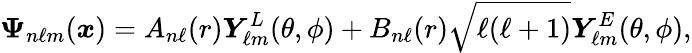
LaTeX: \boldsymbol{\Psi}_{n\ell m}(\boldsymbol{x})=A_{n\ell}(r)\boldsymbol{Y}_{\ell m}^{L}(\theta,\phi)+B_{n\ell}(r)\sqrt{\ell(\ell+1)}\boldsymbol{Y}_{\ell m}^{E}(\theta,\phi),